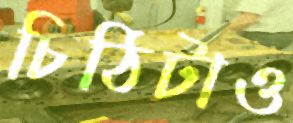
চিঠিটাও